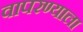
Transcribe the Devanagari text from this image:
वापरण्याला